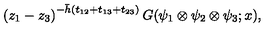
\left( z _ { 1 } - z _ { 3 } \right) ^ { - \bar { h } ( t _ { 1 2 } + t _ { 1 3 } + t _ { 2 3 } ) } G ( \psi _ { 1 } \otimes \psi _ { 2 } \otimes \psi _ { 3 } ; x ) ,